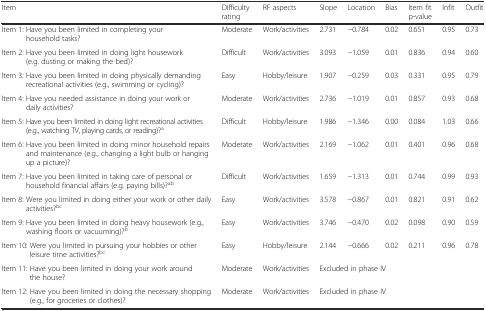
<table><thead><tr><td><b>Item</b></td><td><b>Difficulty rating</b></td><td><b>RF aspects</b></td><td><b>Slope</b></td><td><b>Location</b></td><td><b>Bias</b></td><td><b>Item fit p-value</b></td><td><b>Infit</b></td><td><b>Outfit</b></td></tr></thead><tbody><tr><td>Item 1: Have you been limited in completing your household tasks?</td><td>Moderate</td><td>Work/activities</td><td>2.731</td><td>−0.784</td><td>0.02</td><td>0.651</td><td>0.95</td><td>0.73</td></tr><tr><td>Item 2: Have you been limited in doing light housework (e.g. dusting or making the bed)?</td><td>Difficult</td><td>Work/activities</td><td>3.093</td><td>−1.059</td><td>0.01</td><td>0.836</td><td>0.94</td><td>0.60</td></tr><tr><td>Item 3: Have you been limited in doing physically demanding recreational activities (e.g., swimming or cycling)?</td><td>Easy</td><td>Hobby/leisure</td><td>1.907</td><td>−0.259</td><td>0.03</td><td>0.331</td><td>0.95</td><td>0.79</td></tr><tr><td>Item 4: Have you needed assistance in doing your work or daily activities?</td><td>Moderate</td><td>Work/activities</td><td>2.736</td><td>−1.019</td><td>0.01</td><td>0.857</td><td>0.93</td><td>0.68</td></tr><tr><td>Item 5: Have you been limited in doing light recreational activities (e.g., watching TV, playing cards, or reading)?<sup>a</sup></td><td>Difficult</td><td>Hobby/leisure</td><td>1.986</td><td>−1.346</td><td>0.00</td><td>0.084</td><td>1.03</td><td>0.66</td></tr><tr><td>Item 6: Have you been limited in doing minor household repairs and maintenance (e.g., changing a light bulb or hanging up a picture)?</td><td>Moderate</td><td>Work/activities</td><td>2.169</td><td>−1.062</td><td>0.01</td><td>0.401</td><td>0.96</td><td>0.68</td></tr><tr><td>Item 7: Have you been limited in taking care of personal or household financial affairs (e.g. paying bills)?<sup>ab</sup></td><td>Difficult</td><td>Work/activities</td><td>1.659</td><td>−1.313</td><td>0.01</td><td>0.744</td><td>0.99</td><td>0.93</td></tr><tr><td>Item 8: Were you limited in doing either your work or other daily activities?<sup>bc</sup></td><td>Easy</td><td>Work/activities</td><td>3.578</td><td>−0.867</td><td>0.01</td><td>0.821</td><td>0.91</td><td>0.62</td></tr><tr><td>Item 9: Have you been limited in doing heavy housework (e.g., washing floors or vacuuming)?<sup>b</sup></td><td>Easy</td><td>Work/activities</td><td>3.746</td><td>−0.470</td><td>0.02</td><td>0.098</td><td>0.90</td><td>0.59</td></tr><tr><td>Item 10: Were you limited in pursuing your hobbies or other leisure time activities?<sup>bc</sup></td><td>Easy</td><td>Hobby/leisure</td><td>2.144</td><td>−0.666</td><td>0.02</td><td>0.211</td><td>0.96</td><td>0.78</td></tr><tr><td>Item 11: Have you been limited in doing your work around the house?</td><td>Moderate</td><td>Work/activities</td><td colspan="6">Excluded in phase IV</td></tr><tr><td>Item 12: Have you been limited in doing the necessary shopping (e.g., for groceries or clothes)?</td><td>Moderate</td><td>Work/activities</td><td colspan="6">Excluded in phase IV</td></tr></tbody></table>